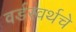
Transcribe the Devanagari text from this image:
वर्डस्वर्थचे